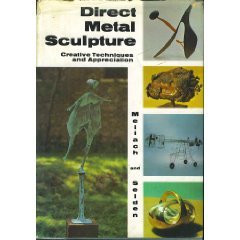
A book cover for Direct Metal Sculpture ~ Creative Techniques and Appreciation; Dona Meilach; Crafts, Hobbies & Home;